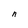
Character: n